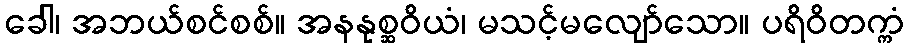
ခေါ၊ အဘယ်စင်စစ်။ အနနုစ္ဆဝိယံ၊ မသင့်မလျော်သော။ ပရိဝိတက္ကံ